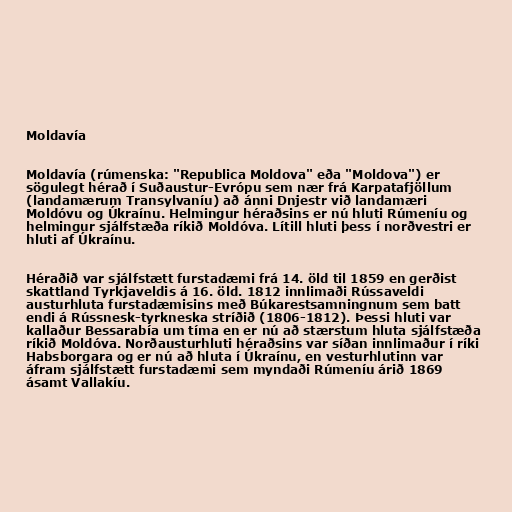
Moldavía

Moldavía (rúmenska: "Republica Moldova" eða "Moldova") er
sögulegt hérað í Suðaustur-Evrópu sem nær frá Karpatafjöllum
(landamærum Transylvaníu) að ánni Dnjestr við landamæri
Moldóvu og Úkraínu. Helmingur héraðsins er nú hluti Rúmeníu og
helmingur sjálfstæða ríkið Moldóva. Lítill hluti þess í norðvestri er
hluti af Úkraínu.

Héraðið var sjálfstætt furstadæmi frá 14. öld til 1859 en gerðist
skattland Tyrkjaveldis á 16. öld. 1812 innlimaði Rússaveldi
austurhluta furstadæmisins með Búkarestsamningnum sem batt
endi á Rússnesk-tyrkneska stríðið (1806-1812). Þessi hluti var
kallaður Bessarabía um tíma en er nú að stærstum hluta sjálfstæða
ríkið Moldóva. Norðausturhluti héraðsins var síðan innlimaður í ríki
Habsborgara og er nú að hluta í Úkraínu, en vesturhlutinn var
áfram sjálfstætt furstadæmi sem myndaði Rúmeníu árið 1869
ásamt Vallakíu.